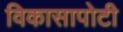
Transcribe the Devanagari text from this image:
विकासापोटी